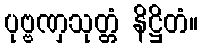
ပုဗ္ဗဏှသုတ္တံ နိဋ္ဌိတံ။